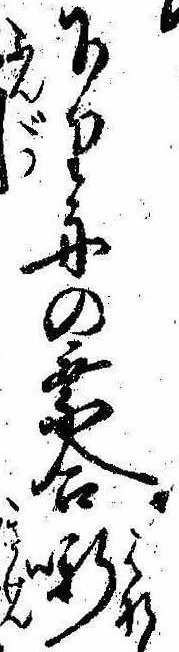
下り舟の乗合噺